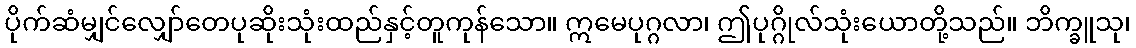
ပိုက်ဆံမျှင်လျှော်တေပုဆိုးသုံးထည်နှင့်တူကုန်သော။ ဣမေပုဂ္ဂလာ၊ ဤပုဂ္ဂိုလ်သုံးယောတို့သည်။ ဘိက္ခူသု၊